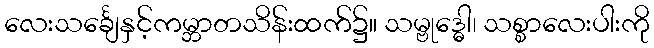
လေးသင်္ချေနှင့်ကမ္ဘာတသိန်းထက်၌။ သမ္ဗုဒ္ဓေါ၊ သစ္စာလေးပါးကို